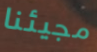
مجيئنا